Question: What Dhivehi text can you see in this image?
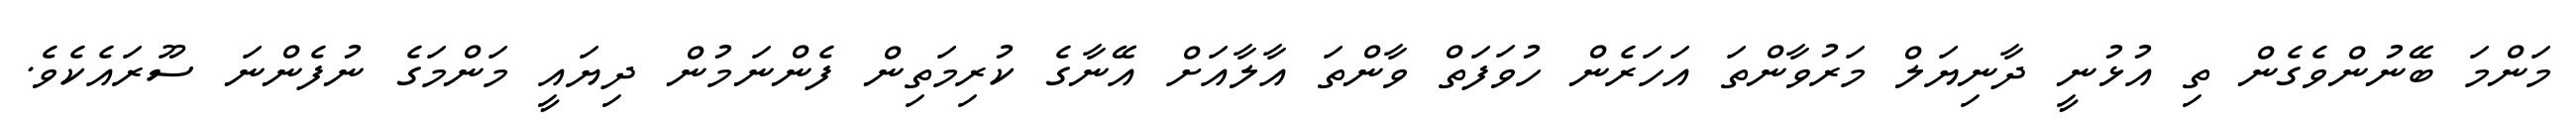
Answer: މަންމަ ބޭނުންވެގެން ތި އުޅުނީ ދާނިޔަލް މަރުވާންތަ އަހަރެން ހުވަފަތް ވާންތަ އާލާއަށް އޭނާގެ ކުރިމަތިން ފެންނަމުން ދިޔައީ މަންމަގެ ނުފެންނަ ސޫރައެކެވެ.